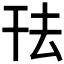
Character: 𭘿